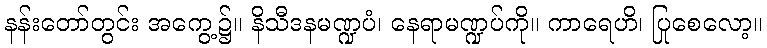
နန်းတော်တွင်း အကွေ့၌။ နိသီဒနမဏ္ဍပံ၊ နေရာမဏ္ဍပ်ကို။ ကာရေဟိ၊ ပြုစေလော့။